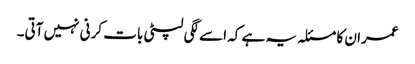
عمران کا مسئلہ یہ ہے کہ اسے لگی لپٹی بات کرنی نہیں آتی۔